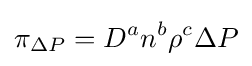
\pi _{\Delta P}=D^{a}n^{b}\rho ^{c}\Delta P